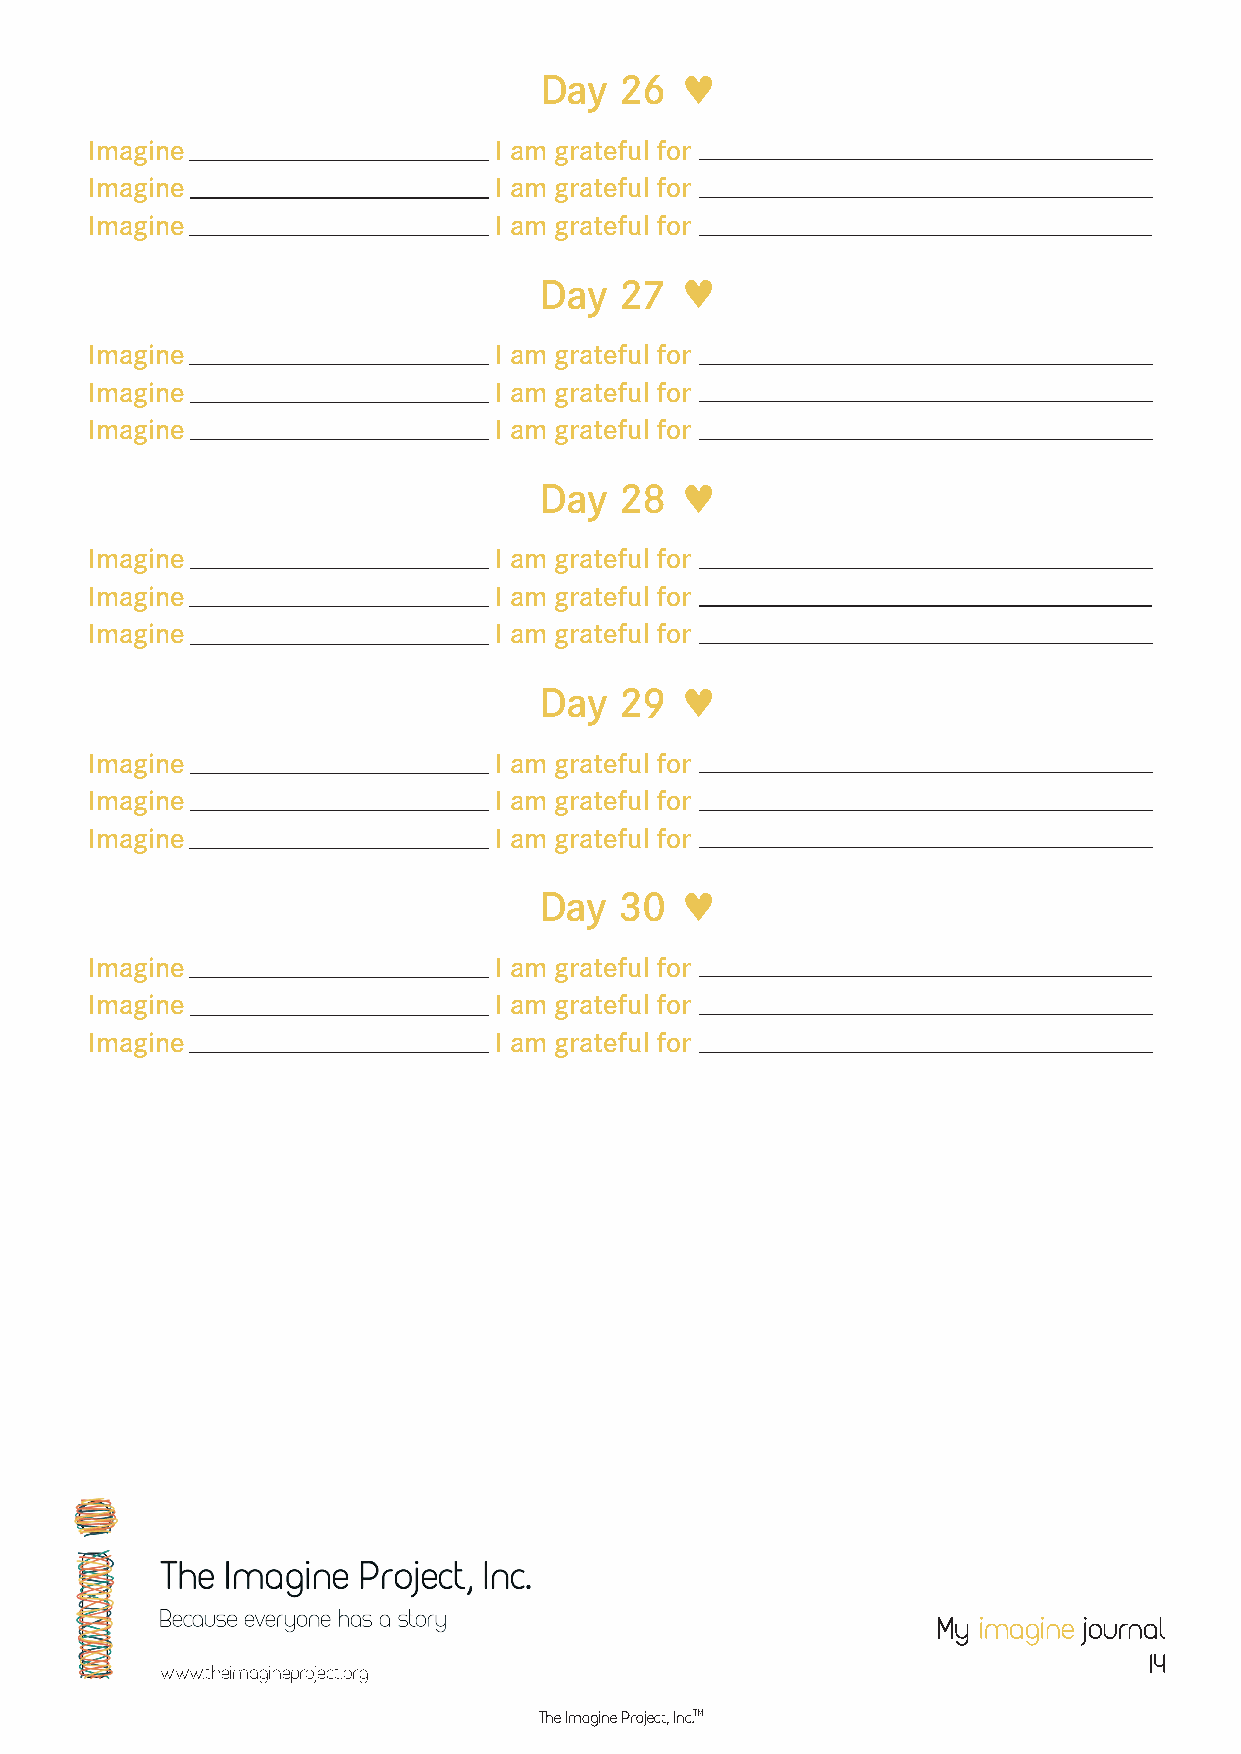
Day  26  ♥
 Imagine                    I am grateful for
 Imagine                    I am grateful for
 Imagine                    I am grateful for
 Day  27  ♥
 Imagine                    I am grateful for
 Imagine                    I am grateful for
 Imagine                    I am grateful for
 Day  28  ♥
 Imagine                    I am grateful for
 Imagine                    I am grateful for
 Imagine                    I am grateful for
 Day  29  ♥
 Imagine                    I am grateful for
 Imagine                    I am grateful for
 Imagine                    I am grateful for
 Day  30  ♥
 Imagine                    I am grateful for
 Imagine                    I am grateful for
 Imagine                    I am grateful for
 My imagine journal
 14
 www.theimagineproject.org
 The Imagine Project, Inc.TM